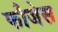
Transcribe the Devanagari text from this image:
फौजेस